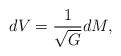
LaTeX: \begin{align*} dV = \frac{1}{\sqrt{G}} dM,\end{align*}